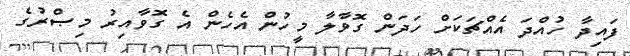
ފައިދާ ހުއްދަ އެއްޗަކަށް ހަދަން ގޮވާލާ މީހުން އެހެން އެ ގޮވާއިރު މިޞްރުގެ